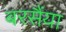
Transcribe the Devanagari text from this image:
बरसैंया